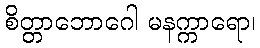
စိတ္တာဘောဂေါ မနက္ကာရော၊